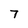
Character: 7